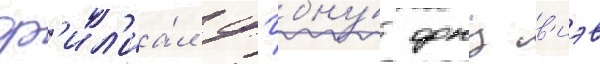
ф'ил'иа́л фгбну́ фнц в'иэв